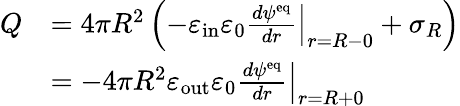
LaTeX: \begin{array}{rl}{Q}&{=4\pi R^{2}\left(-\varepsilon_{\mathrm{in}}\varepsilon_{0}\left.\frac{d\psi^{\mathrm{eq}}}{dr}\right|_{r=R-0}+\sigma_{R}\right)}\\ &{=-4\pi R^{2}\varepsilon_{\mathrm{out}}\varepsilon_{0}\left.\frac{d\psi^{\mathrm{eq}}}{dr}\right|_{r=R+0}}\end{array}